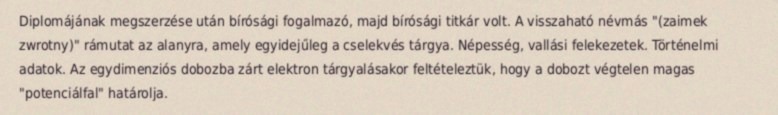
Diplomájának megszerzése után bírósági fogalmazó, majd bírósági titkár volt. A visszaható névmás "(zaimek zwrotny)" rámutat az alanyra, amely egyidejűleg a cselekvés tárgya. Népesség, vallási felekezetek. Történelmi adatok. Az egydimenziós dobozba zárt elektron tárgyalásakor feltételeztük, hogy a dobozt végtelen magas "potenciálfal" határolja.